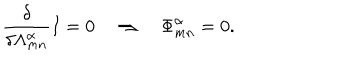
\frac { \delta } { \delta \Lambda _ { m n } ^ { \alpha } } I = 0 \quad \Rightarrow \quad { \Phi } _ { m n } ^ { \alpha } = 0 .